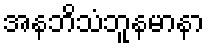
အနဘိသံဘူနမာနာ